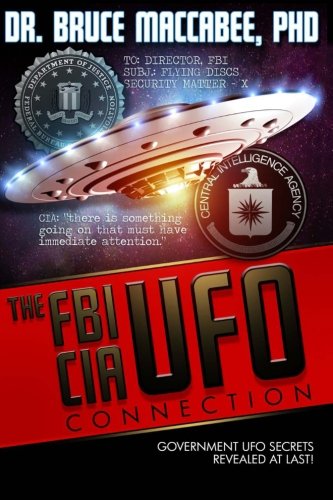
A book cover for The FBI-CIA-UFO Connection: The Hidden UFO Activities of  USA Intelligence Agencies; Dr. Bruce Maccabee; Science & Math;